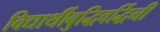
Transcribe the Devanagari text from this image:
विद्यार्थीबुद्धिवर्द्धिनी